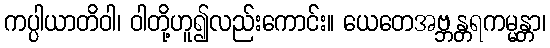
ကပ္ပါယာတိဝါ၊ ဝါတို့ဟူ၍လည်းကောင်း။ ယေတေအဗ္ဘန္တရကမ္မန္တာ၊